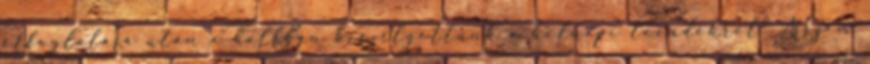
elfoglalása után a hallban beszélgettünk a holnapi teendőkről. Asszem